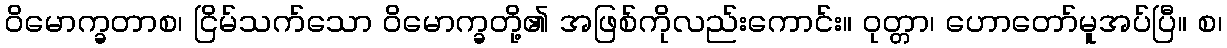
ဝိမောက္ခတာစ၊ ငြိမ်သက်သော ဝိမောက္ခတို့၏ အဖြစ်ကိုလည်းကောင်း။ ဝုတ္တာ၊ ဟောတော်မူအပ်ပြီ။ စ၊